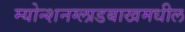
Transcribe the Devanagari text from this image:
म्योन्शनग्लाडबाखमधील